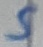
Text: 5